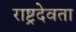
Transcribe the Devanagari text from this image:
राष्ट्रदेवता